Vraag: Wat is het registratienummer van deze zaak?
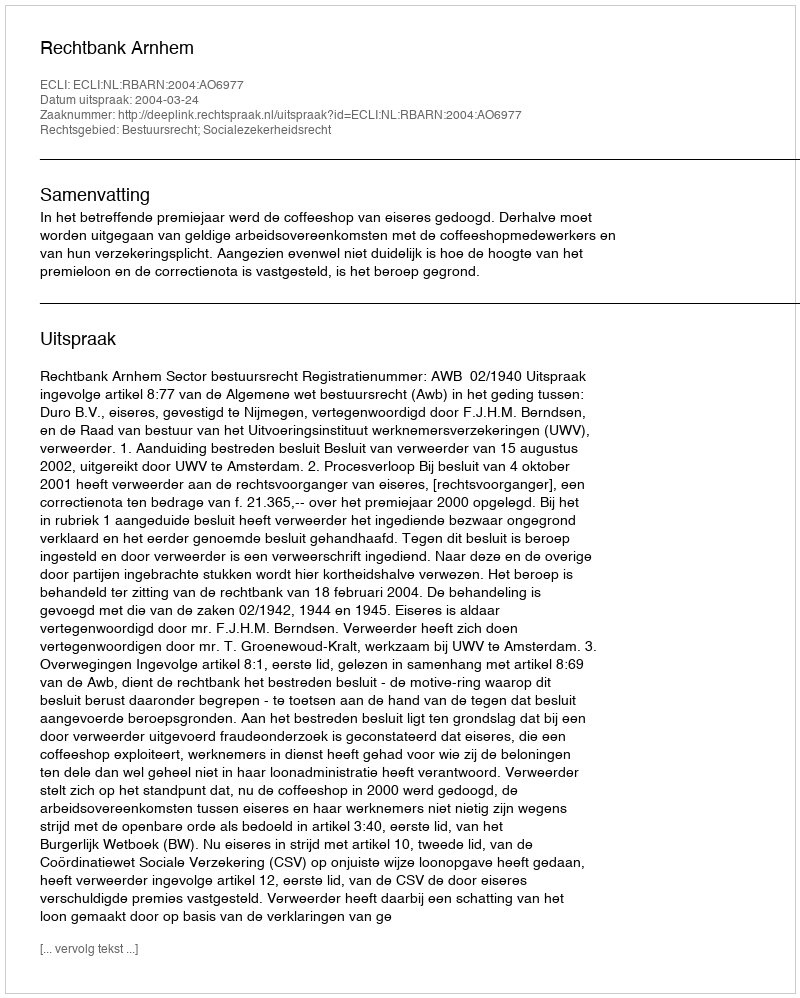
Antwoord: http://deeplink.rechtspraak.nl/uitspraak?id=ECLI:NL:RBARN:2004:AO6977